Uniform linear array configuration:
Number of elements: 4
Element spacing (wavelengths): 1
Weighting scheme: hann
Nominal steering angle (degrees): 30
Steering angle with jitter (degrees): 31.058
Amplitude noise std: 0.05
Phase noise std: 0.05

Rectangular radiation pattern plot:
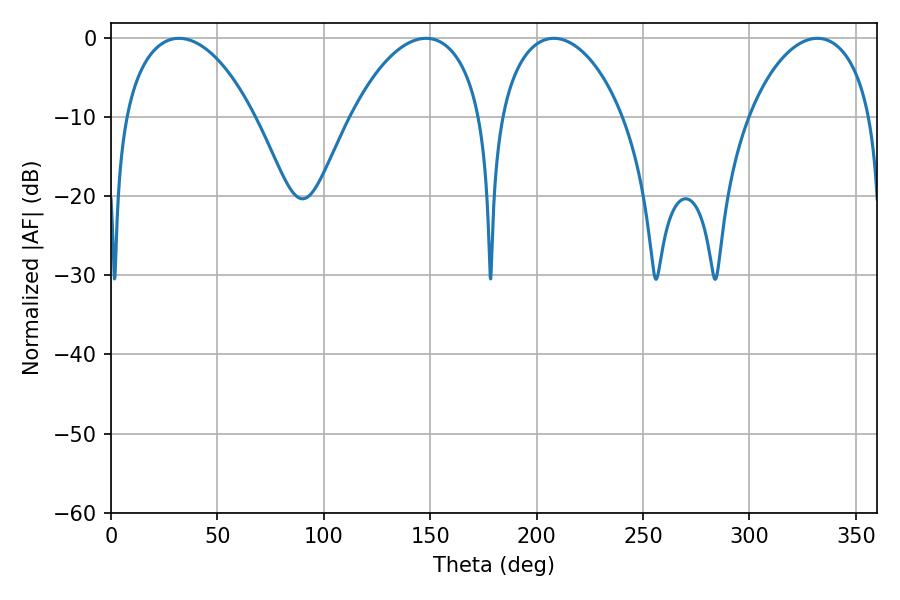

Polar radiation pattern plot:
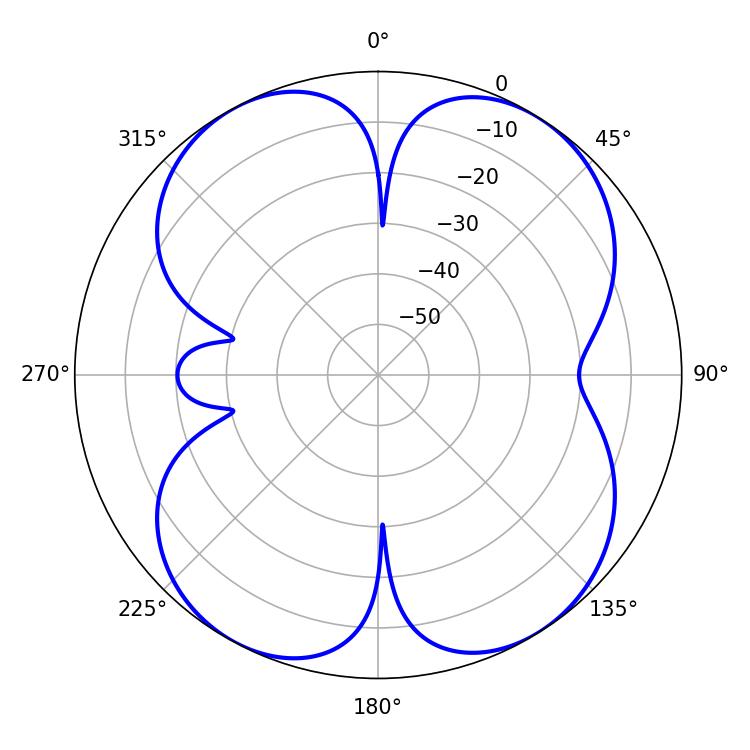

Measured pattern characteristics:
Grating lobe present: TRUE
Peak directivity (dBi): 12.147
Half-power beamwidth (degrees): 33.3
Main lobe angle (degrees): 208.08